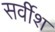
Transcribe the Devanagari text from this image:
सर्वीश